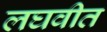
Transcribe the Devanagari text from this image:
लघवीत